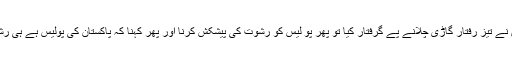
اگر پولیس نے تیز رفتار گاڑی چلانے پے گرفتار کیا تو پھر پو لیس کو رشوت کی پیشکش کرنا اور پھر کہنا کہ پاکستان کی پولیس ہے ہی رشوت خور۔